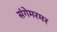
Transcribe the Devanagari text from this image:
संगेमरमर